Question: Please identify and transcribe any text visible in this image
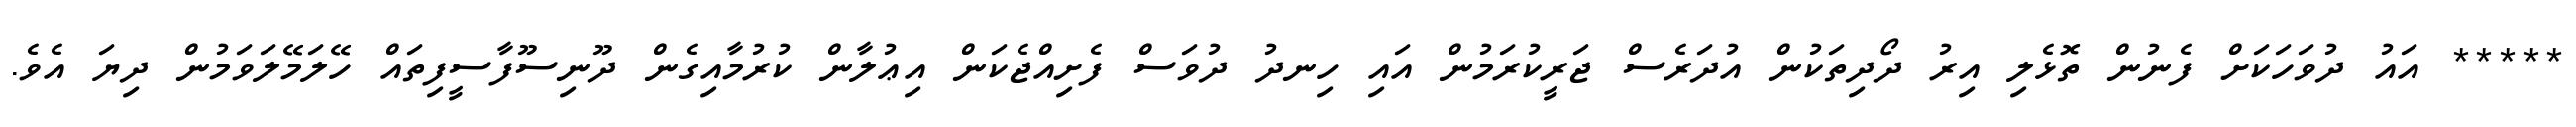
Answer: ***** އައު ދުވަހަކަށް ފެނުން ތޮޅެލި އިރު ދޯދިތަކުން އުދަރެސް ޖަރީކުރަމުން އައި ހިނދު ދުވަސް ފެށިއްޖެކަން އިޢުލާން ކުރުމާއިގެން ދޫނިސޫފާސީފިތައް ހޭލަމޭލަވަމުން ދިޔަ އެވެ.